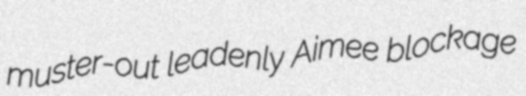
muster-out leadenly Aimee blockage